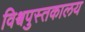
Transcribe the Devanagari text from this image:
विश्वपुस्तकालय